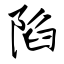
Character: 陷